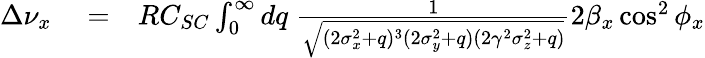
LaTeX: \begin{array}{rlr}{\Delta\nu_{x}}&{{}=}&{RC_{SC}\int_{0}^{\infty}dq\; \frac{1}{\sqrt{(2\sigma_{x}^{2}+q)^{3}(2\sigma_{y}^{2}+q)(2\gamma^{2}\sigma_{z}^{2}+q)}}2\beta_{x}\cos^{2}\phi_{x}}\end{array}